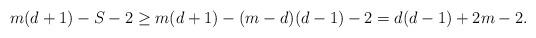
LaTeX: \begin{align*}m(d+1) - S -2 \ge m(d+1) - (m-d)(d-1) -2 = d(d-1) +2m-2. \end{align*}